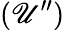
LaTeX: (\mathscr{U}^{\prime\prime})